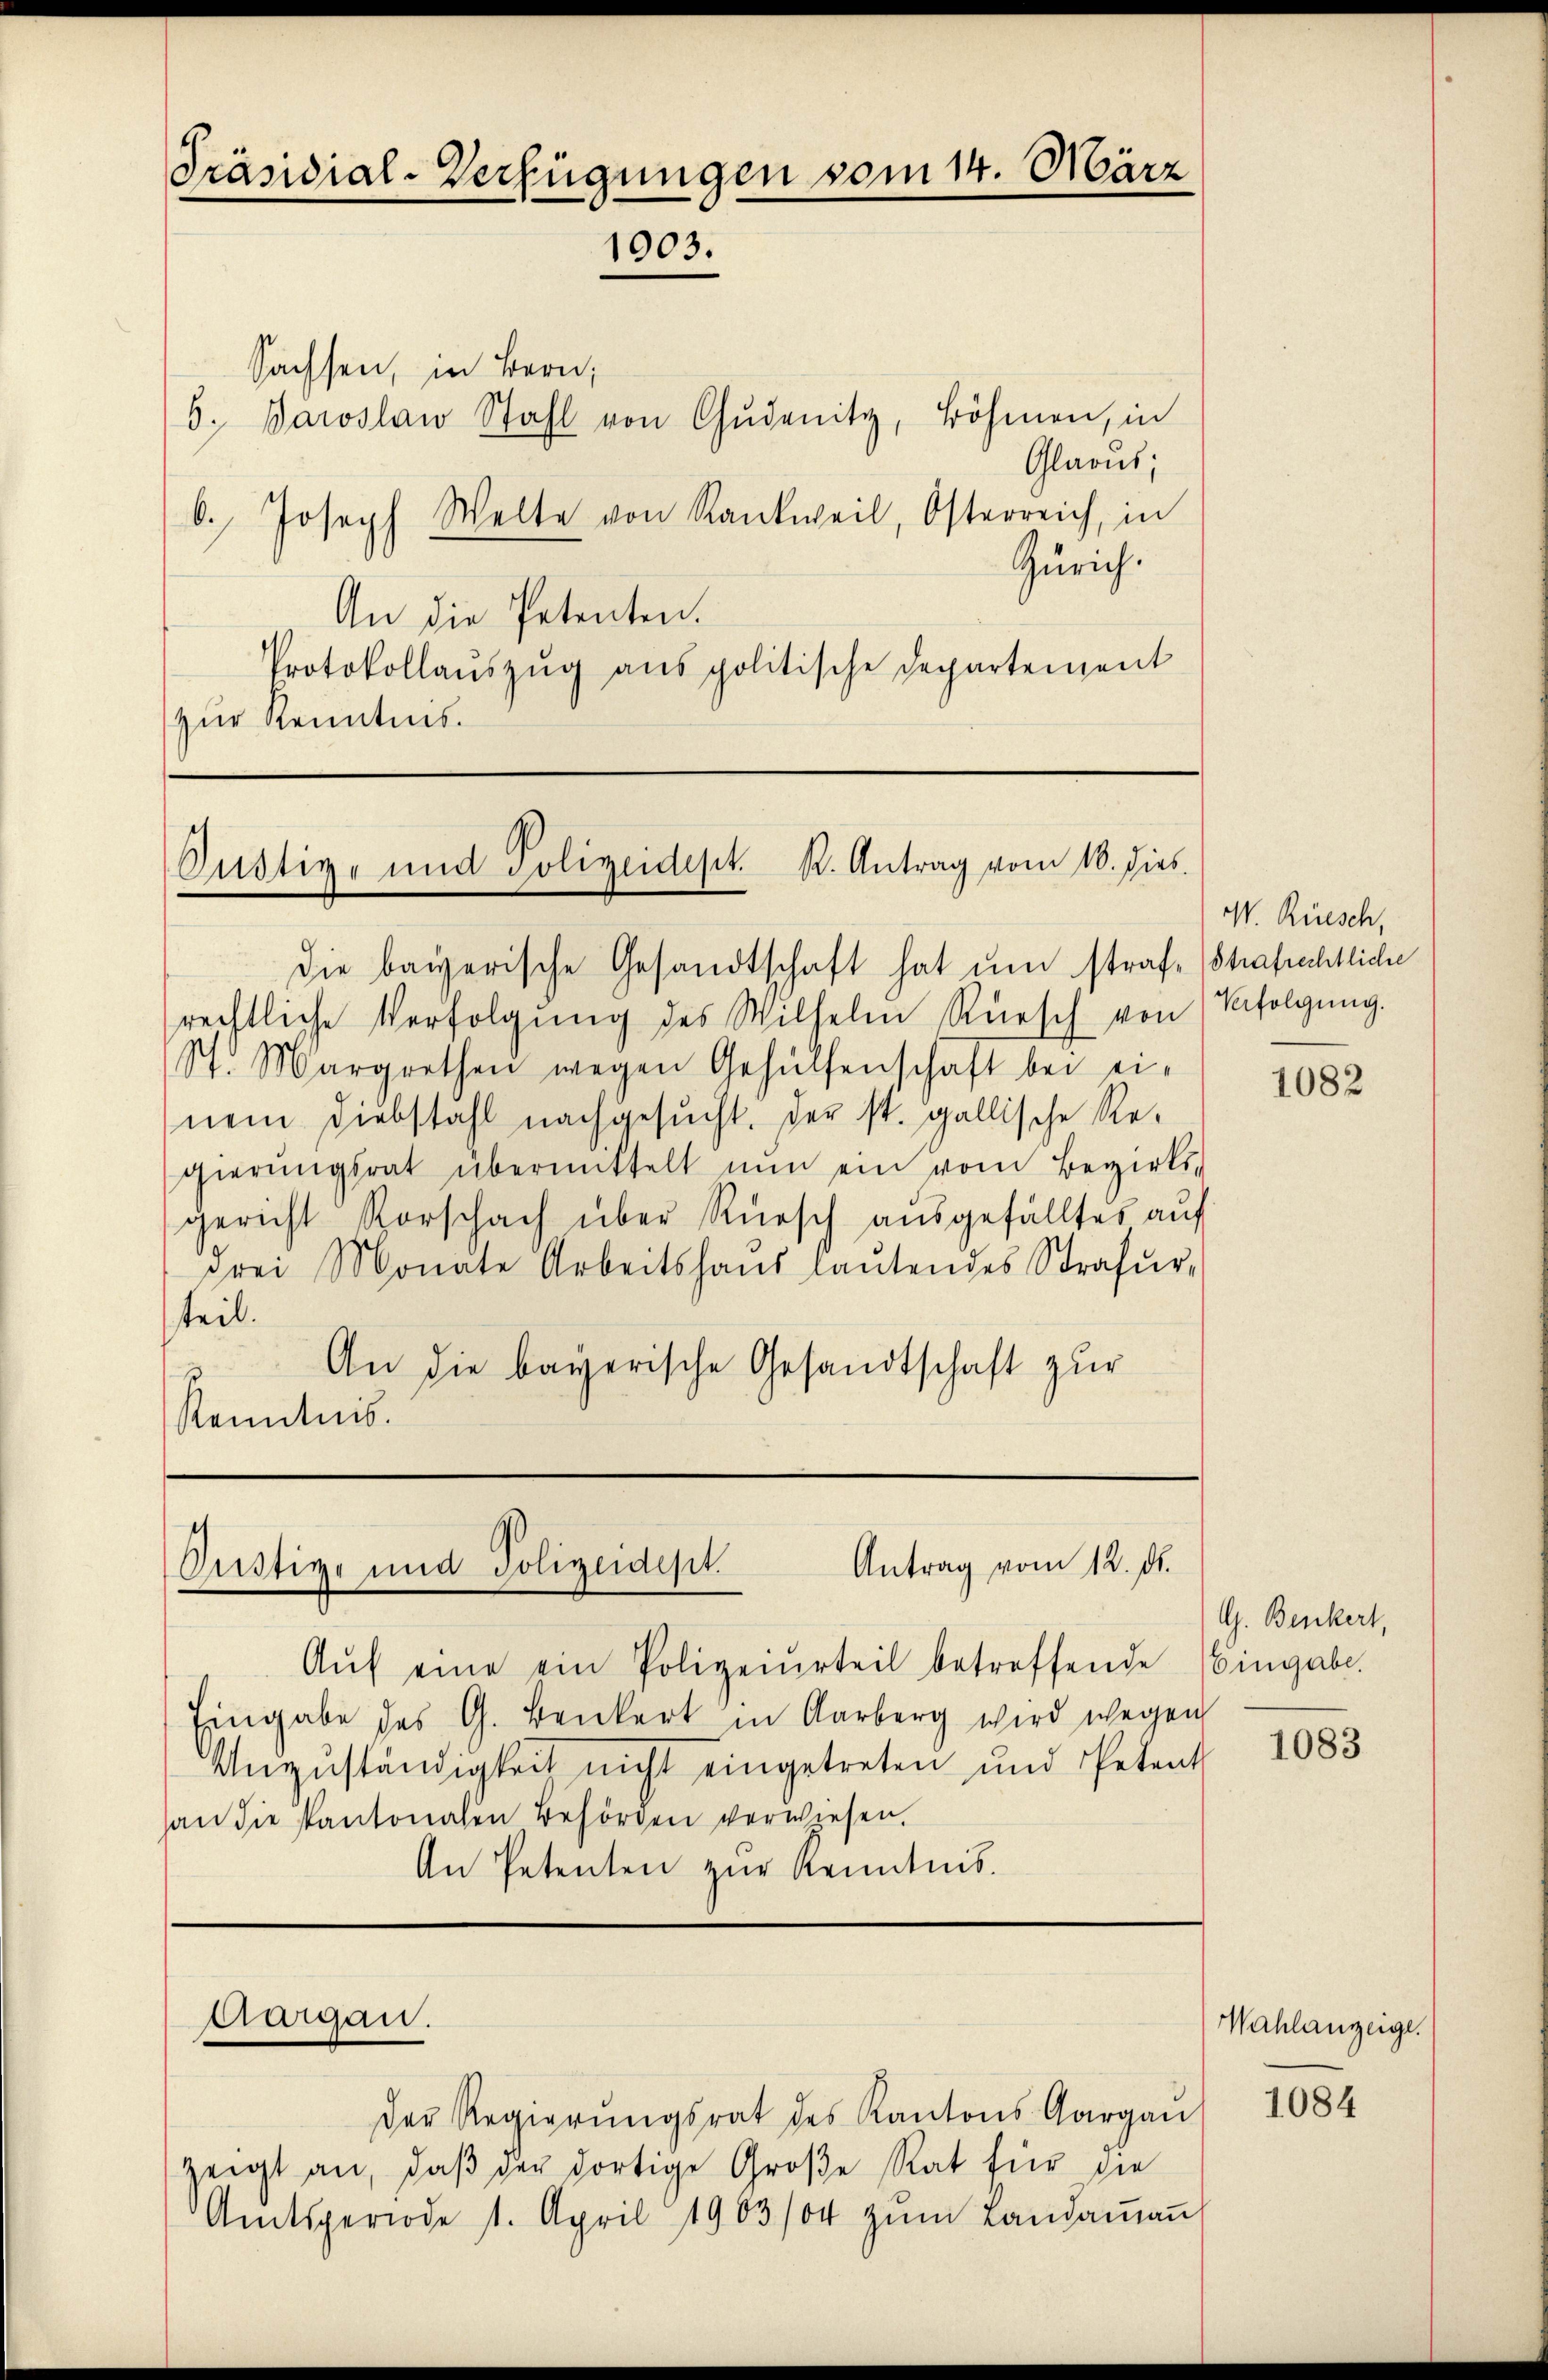
Präsidial-Verfügungen vom 14. März
1003.

Sachsen, in Bern,
6. Baroslaw Stahl von Gŭdenitz, Böhmen, in
Glarus;
b. Joseph Welte von Rankweil, Osterreich, in
Zürich.
An die Petenten.
Protokollauszug aus politische Departement
zur Kenntnis.

Oustige und Polizeidept. K. Antrag vom 10. dies

Die bayerische Gesandtschaft hat um strafe (Strafrechtliche
rechtliche Verfolgŭng des Wilhelm Rüesch von Verfolgŭng.
ph. Margrethen wegen Gehülfenschaft bei ei-
nem Diebstahl nachgesucht. Der st. gallische Regierŭngsrat übermittelt nŭn ein vom Bezirks-
gericht Vorschach über Rüesch aŭsgefälltes aŭf
drei Monate Arbeitshaŭs laŭtendes Strafŭr-
teil.
An die bayerische Gesandtschaft zŭr
Kenntnis.

Antrag vom 12. d.
Oustige und Polizeidept.

Aŭf eine ein Polizeiurteil betreffende
Eingabe des G. Benkert in Aarberg wird wegen
Unzuständigkeit nicht eingetreten und Petent
an die Kantonalen Behörden verwiesen.
An Petenten zŭr Kenntnis.

Aargau.

Der Regierŭngsrat des Kantons Aargaŭ
zeigt an, daβ der dortige Große Rat für die
Amtsperiode 1. April 1903/04 zŭm Landaṁaṅ

W. Rüesch,

G. Benkert,
Eingabe.

1082

1083

Wahlanzeige.

1084